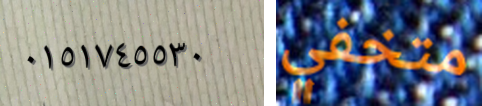
٠١٥١٧٤٥٥٣٠ متخفي